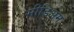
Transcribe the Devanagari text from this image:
मीडिअम